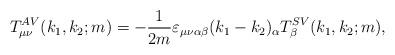
LaTeX: \begin{align*}T_{\mu \nu }^{AV}(k_{1},k_{2};m)=-\frac{1}{2m}\varepsilon _{\mu \nu \alpha\beta }(k_{1}-k_{2})_{\alpha }T_{\beta }^{SV}(k_{1},k_{2};m),\end{align*}